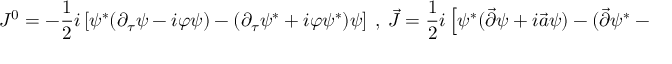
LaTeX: J ^ { 0 } = - \frac { 1 } { 2 } i \left[ \psi ^ { * } ( \partial _ { \tau } \psi - i \varphi \psi ) - ( \partial _ { \tau } \psi ^ { * } + i \varphi \psi ^ { * } ) \psi \right] \ , \ \vec { J } = \frac { 1 } { 2 } i \left[ \psi ^ { * } ( \vec { \partial } \psi + i \vec { a } \psi ) - ( \vec { \partial } \psi ^ { * } - i \vec { a } \psi ^ { * } ) \psi \right] ,